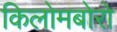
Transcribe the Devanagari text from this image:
किलोमबोरो